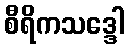
စီရိကသဒ္ဒေါ